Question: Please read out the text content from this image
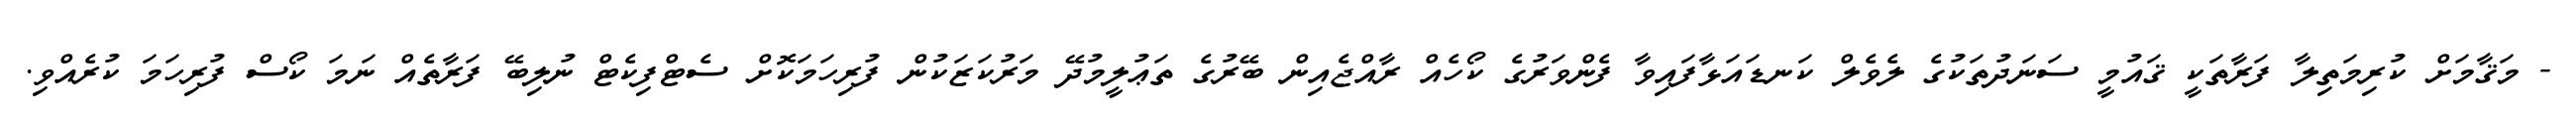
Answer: - މަޤާމަށް ކުރިމަތިލާ ފަރާތަކީ ޤައުމީ ސަނަދުތަކުގެ ލެވެލް ކަނޑައަޅާފައިވާ ފެންވަރުގެ ކޯހެއް ރާއްޖެއިން ބޭރުގެ ތަޢުލީމުދޭ މަރުކަޒަކުން ފުރިހަމަކޮށް ސެޓްފިކެޓް ނުލިބޭ ފަރާތެއް ނަމަ ކޯސް ފުރިހަމަ ކުރެއްވި.